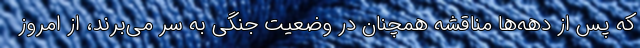
که پس از دهه‌ها مناقشه همچنان در وضعیت جنگی به سر می‌برند، از امروز